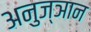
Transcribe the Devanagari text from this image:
अनुज्ञान